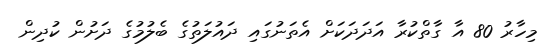
މިހާރު 80 އާ ގާތްކުރާ އަދަދަކަށް އެތަނުގައި ދައުލަތުގެ ބެލުމުގެ ދަށުން ކުދިން